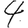
Digit: 4